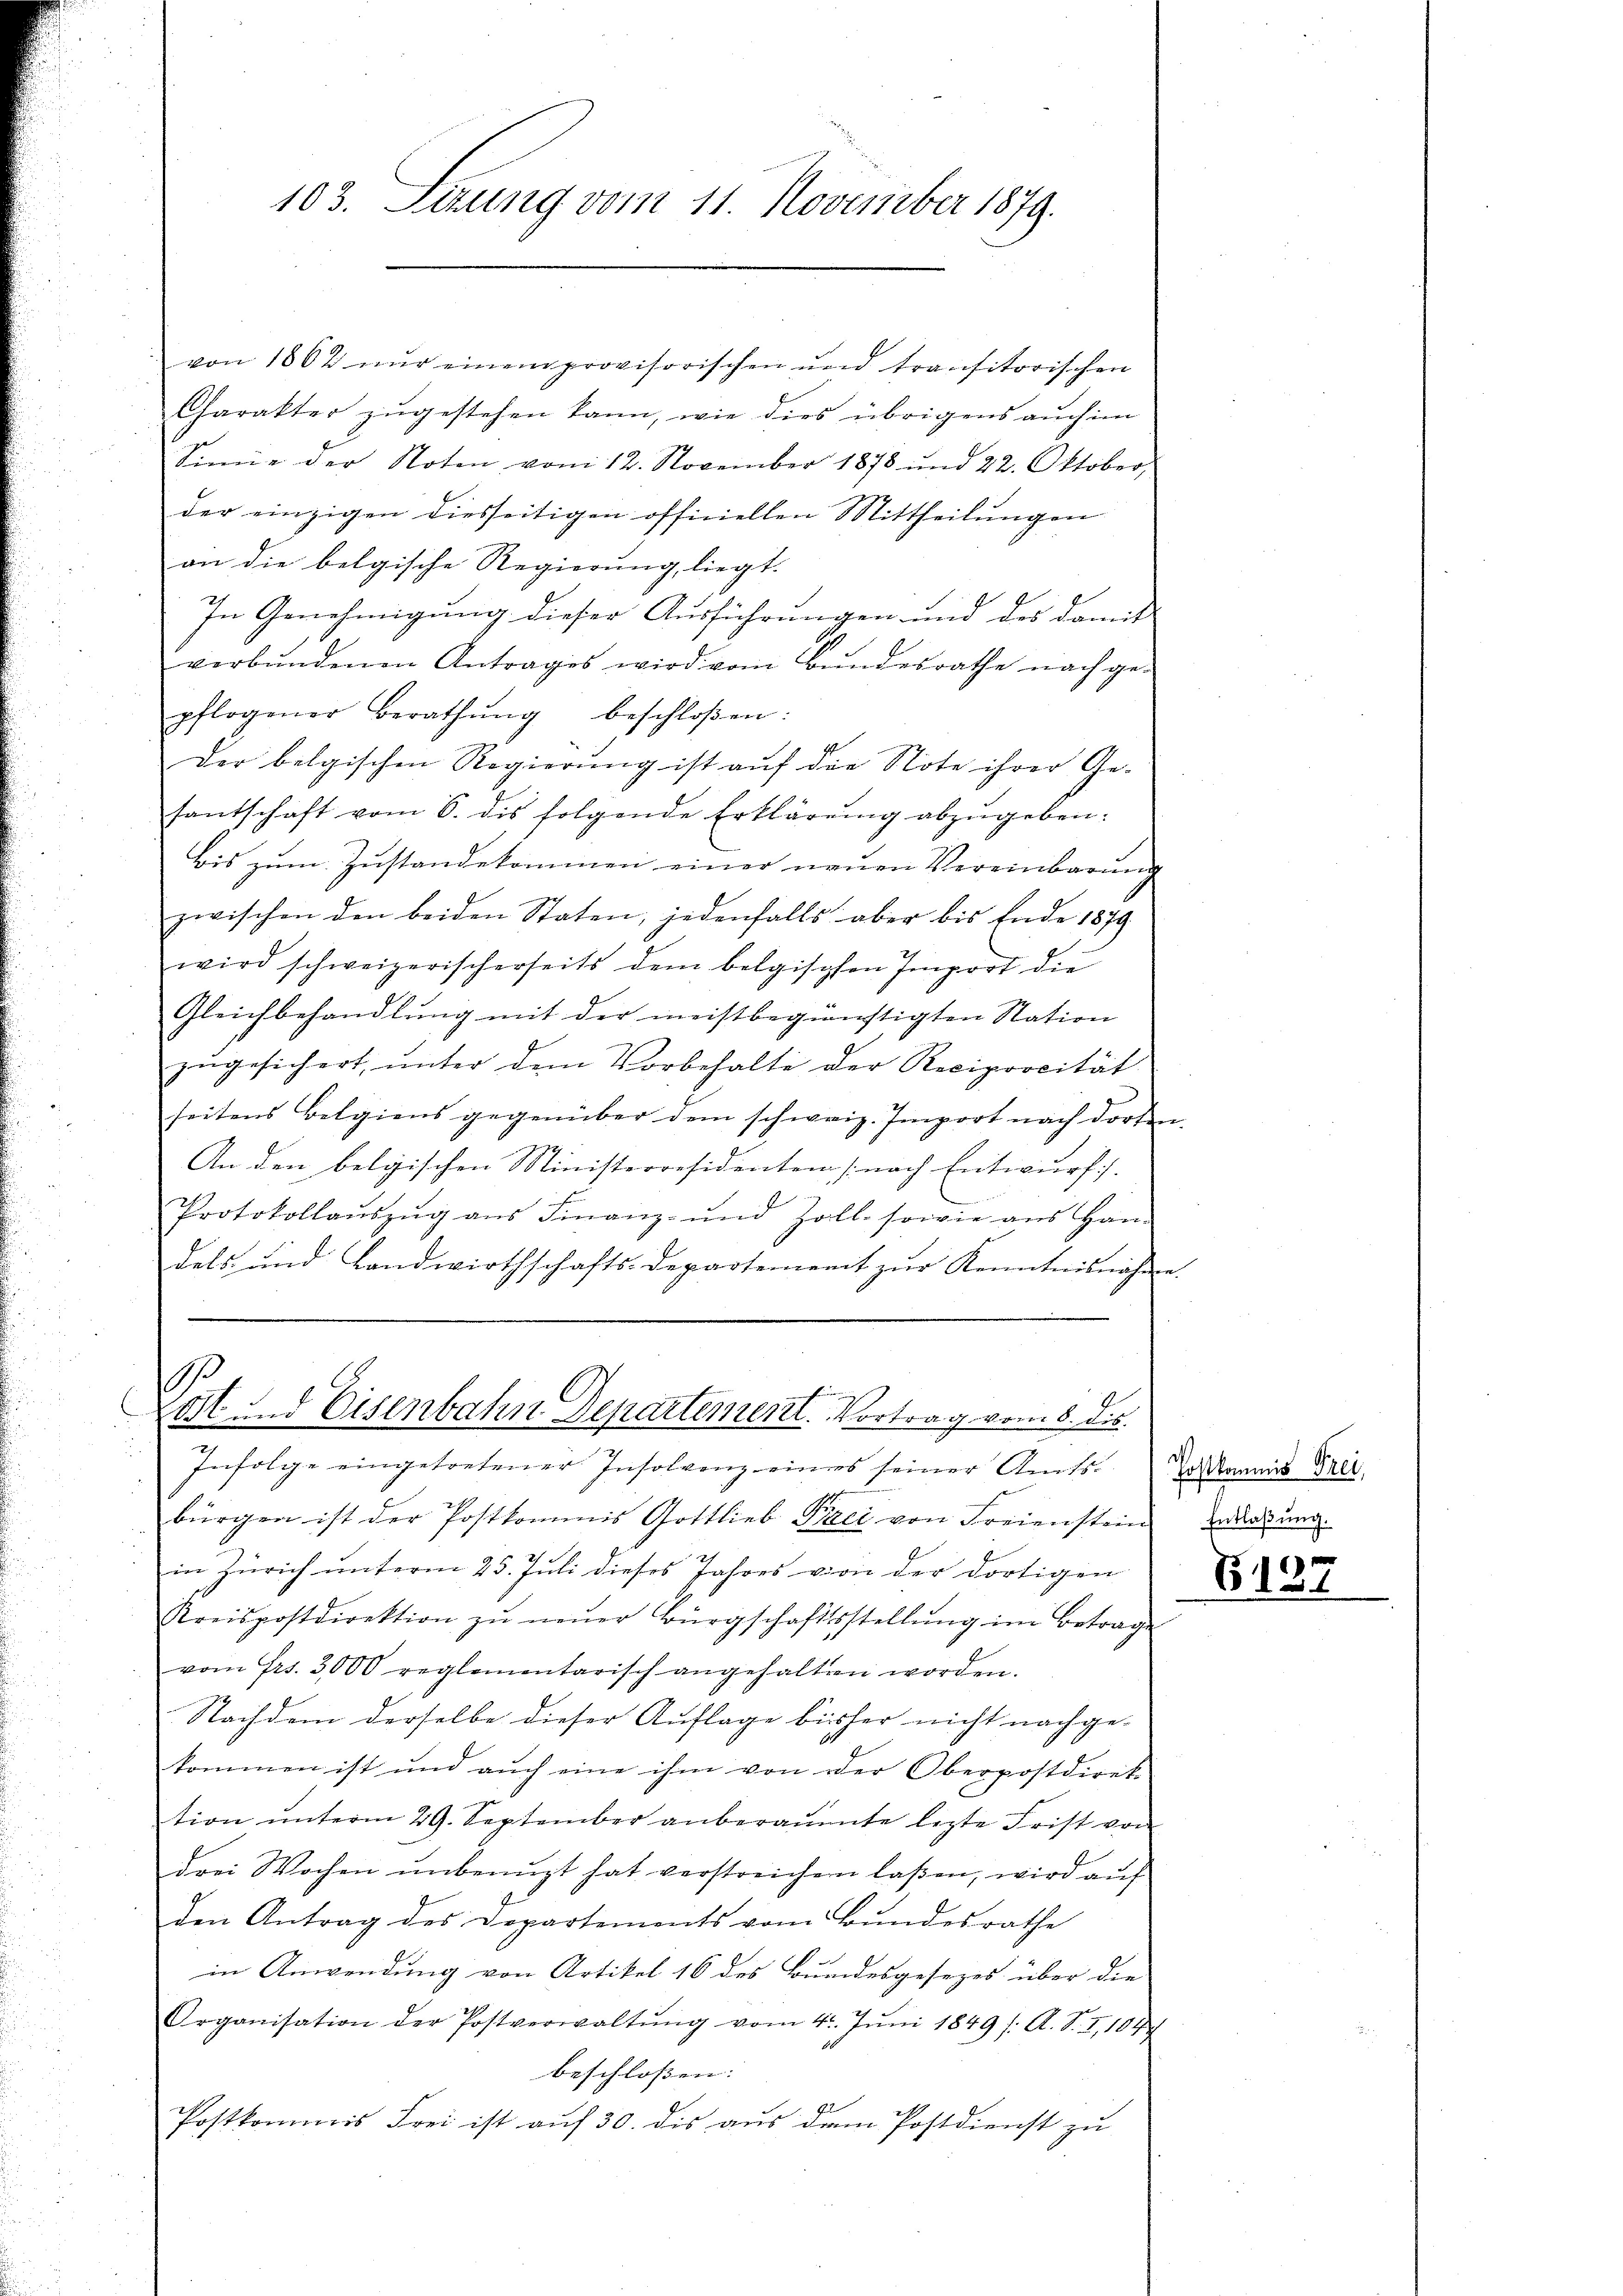
103. Setzung vom 11. November 1879.

von 1862 nur einem provisorischen und transitorischen
Charakter zŭgestehen kann, wie dies übrigens auch im
Sinne der Noten vom 12. November 1878 und 22. Oktober,
der einzigen diesseitigen officiellen Mittheilungen
an die belgische Regierung, liegt.
In Genehmigung dieser Ausführungen und des damit
verbŭndenen Antrages wird vom Bŭndesrathe nach ge-
pflogener Berathŭng beschloßen:
der belgischen Regierung ist auf die Note ihrer Ge-
santschaft vom 6. des folgende Erklärŭng abzŭgeben:
bis zum Zustandekommen einer neuen Vereinbarung
zwischen den beiden Staten, jedenfalls aber bis Ende 1879
wird schweizerischerseits dem belgischen Import die
Gleichbehandlŭng mit der meistbegünstigten Station
zŭgesichert, ŭnter dem Vorbehalte der Reciprocität
seitens Belgiens gegenüber dem schweiz. Import nach dorten.
177
An den belgischen Ministerresidenten (nach Entwurf.
h
Protokollaŭszŭg aŭs Finanz- und Zoll- sowie ans Han-
dels und Landwirthschafts-Departement zur Kenntnisnahme.

s
Lost und Eisenbahn Departement. Vortrag vom 8. dis

Infolge eingetretener Insolvenz eines seiner Amts-Commis Brei
bürgen ist der Postkommis Gottlieb Paci von Freienstein
in Zürich unterm 25. Juli dieses Jahres von der dortigen
Kreispostdirektion zŭ neŭer Bürgschaftsstellŭng im Betrage
vom Frs. 3000 reglementarisch angehalten worden.
Nachdem derselbe dieser Auflage bisher nicht nachge-
kommen ist und aŭch eine ihm von der Oberpostdirek-
tion ŭnterm 29. September anberaŭmte lezte Frist von
drei Wochen ŭnbenuzt hat verstreichen laßen, wird auf
den Antrag des Departements vom Bundesrathe
in Anwendung von Artikel 16 des Bundesgesezes über die
Organisation der Postverwaltŭng vom 4. Jŭni 1849 /: A. S. I,104
beschlossen:
Postkommis Frei ist aŭf 30. dis aus dem Postdienst zu

Entlaßung.

G127